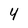
Character: 4